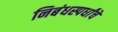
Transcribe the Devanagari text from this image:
निबंधस्पर्धांचे